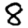
Digit: 8